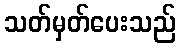
သတ်မှတ်ပေးသည်